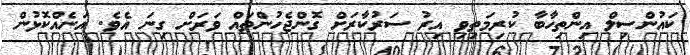
ކައުންސިލް އިންތިހާބާ ކުރިމަތިވި އިރު ސަރުކާރަށް ގޮންޖެހުންތައް ވަރަށް ގިނަ އެވެ. އަނެއްކޮޅުން